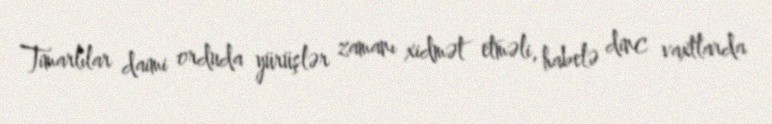
Timarlılar daimi orduda yürüşlər zamanı xidmət etməli, habelə dinc vaxtlarda